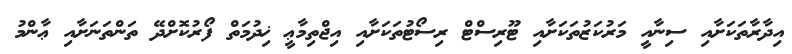
އިދާރާތަކަށާއި ސިނާއީ މަރުކަޒުތަކަށާއި ޓޫރިސްޓް ރިސޯޓުތަކަށާއި އިޖްތިމާޢީ ޚިދުމަތް ފޯރުކޮށްދޭ ތަންތަނަށާއި ޢާންމު